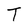
Character: T